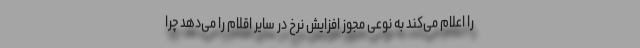
را اعلام می‌کند به نوعی مجوز افزایش نرخ‌ در سایر اقلام را می‌دهد چرا